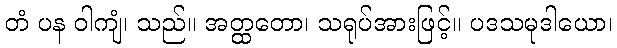
တံ ပန ဝါကျံ၊ သည်။ အတ္ထတော၊ သရုပ်အားဖြင့်။ ပဒသမုဒါယော၊